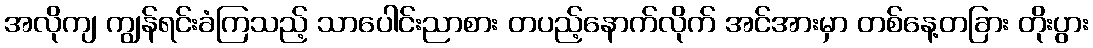
အလိုကျ ကျွန်ရင်းခံကြသည့် သာပေါင်းညာစား တပည့်နောက်လိုက် အင်အားမှာ တစ်နေ့တခြား တိုးပွား